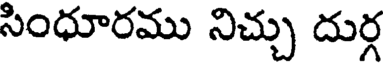
సింధూరము నిచ్చు దుర్గ